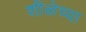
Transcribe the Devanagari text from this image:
शीळेच्या